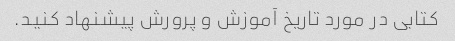
کتابی در مورد تاریخ آموزش و پرورش پیشنهاد کنید.